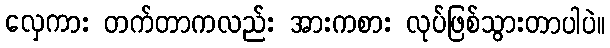
လှေကား တက်တာကလည်း အားကစား လုပ်ဖြစ်သွားတာပါပဲ။